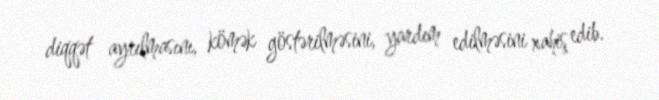
diqqət ayrılmasını, kömək göstərilməsini, yardım edilməsini xahiş edib.